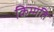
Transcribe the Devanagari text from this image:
किम्मति